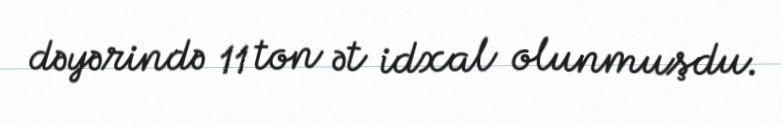
dəyərində 11 ton ət idxal olunmuşdu.